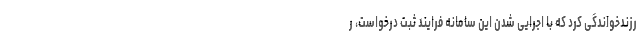
رزندخواندگی کرد که با اجرایی شدن این سامانه فرایند ثبت درخواست، ر